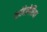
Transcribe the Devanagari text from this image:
कांदेलेरिया